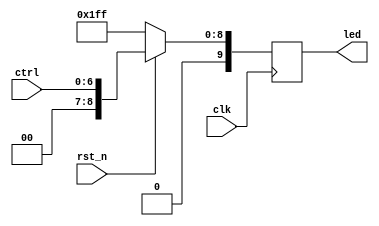

module sw(
	input 	clk,
	input 	rst_n,
	output	reg     [9:0]	led,
	input 		[6:0]	ctrl
);


// connect SW to LED
always @(posedge clk)
	begin
		if (!rst_n)
                        led <= 9'h1FF ;
		else 
		        led <= {7'b0000000, ctrl} ;
	end
endmodule